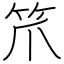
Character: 笊